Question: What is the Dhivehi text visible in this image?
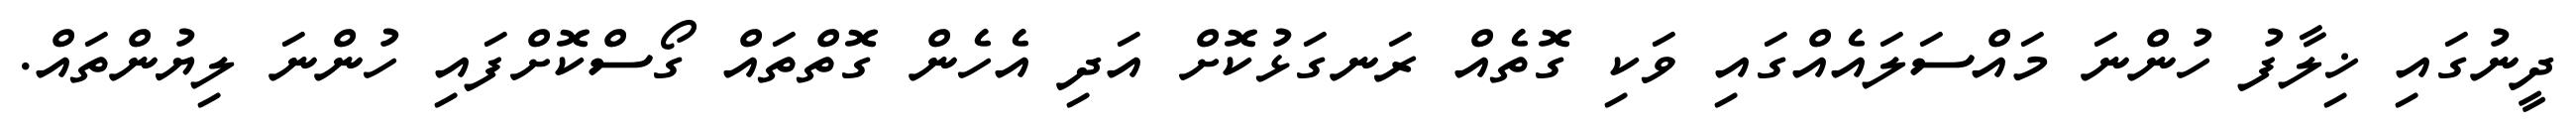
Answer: ދީނުގައި ޚިލާފު ހުންނަ މައްސަލައެއްގައި ވަކި ގޮތެއް ރަނގަޅުކޮށް އަދި އެހެން ގޮތްތައް ގޯސްކޮށްފައި ހުންނަ ލިޔުންތައް.